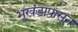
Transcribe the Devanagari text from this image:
भूखंडापासून